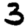
Digit: 3